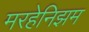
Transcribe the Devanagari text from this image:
मरहेनिझम